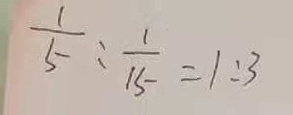
\frac { 1 } { 5 } : \frac { 1 } { 1 5 } = 1 : 3